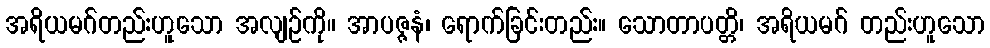
အရိယမဂ်တည်းဟူသော အလျဉ်ကို။ အာပဇ္ဇနံ၊ ရောက်ခြင်းတည်း။ သောတာပတ္တိ၊ အရိယမဂ် တည်းဟူသော